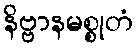
နိဗ္ဗာနမစ္စုတံ